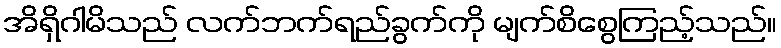
အိရှိဂါမိသည် လက်ဘက်ရည်ခွက်ကို မျက်စိစွေကြည့်သည်။